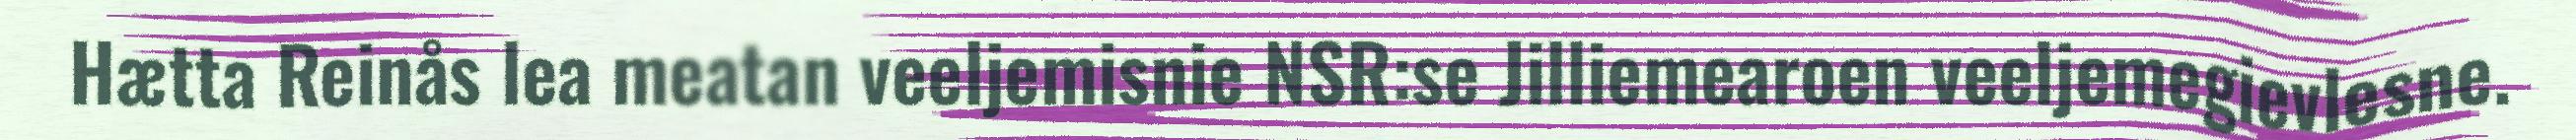
Hætta Reinås lea meatan veeljemisnie NSR:se Jilliemearoen veeljemegievlesne.